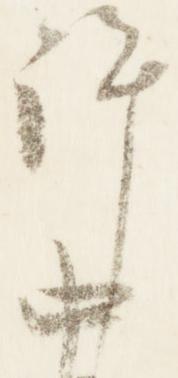
許